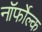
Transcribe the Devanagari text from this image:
नॉर्फोल्क